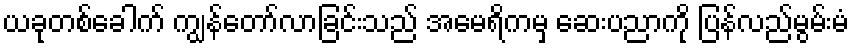
ယခုတစ်ခေါက် ကျွန်တော်လာခြင်းသည် အမေရိကမှ ဆေးပညာကို ပြန်လည်မွမ်းမံ